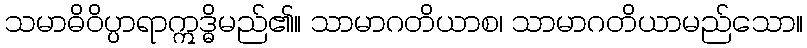
သမာဓိဝိပ္ပာရာဣဒ္ဓိမည်၏။ သာမာဂတိယာစ၊ သာမာဂတိယာမည်သော။